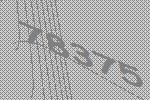
78375